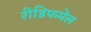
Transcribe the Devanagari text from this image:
रीडिफमेल